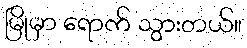
မြိုမှာ ရောက် သွားတယ်။